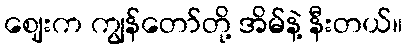
ဈေးက ကျွန်တော်တို့ အိမ်နဲ့ နီးတယ်။